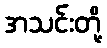
အသင်းတို့